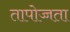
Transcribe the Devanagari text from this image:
तापोच्चता